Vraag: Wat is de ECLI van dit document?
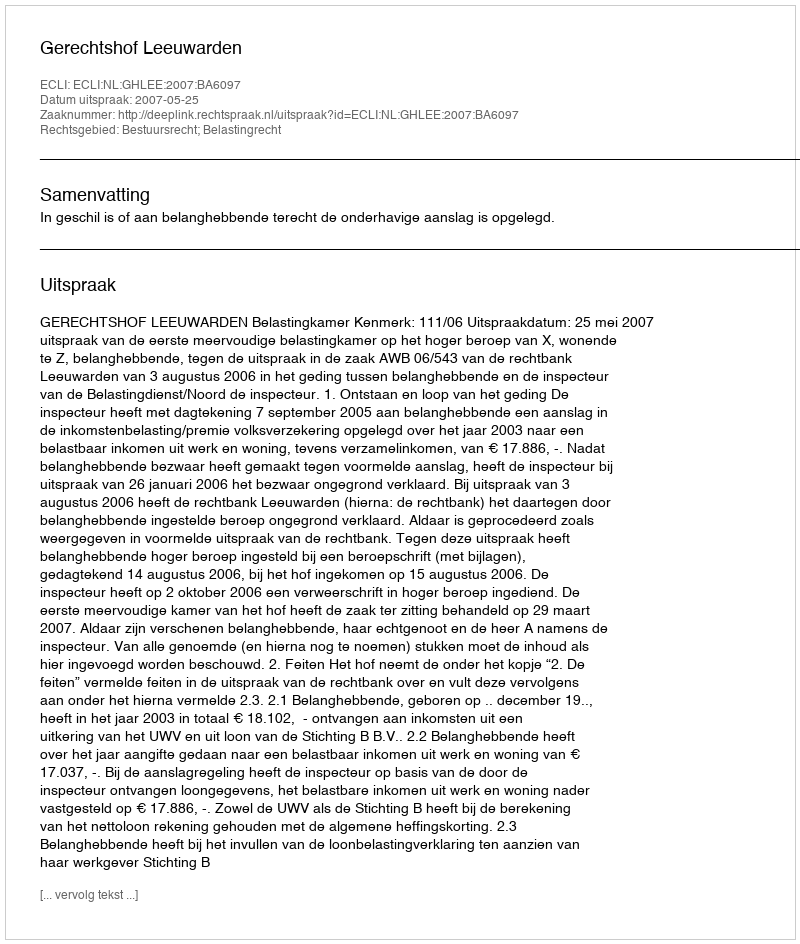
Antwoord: ECLI:NL:GHLEE:2007:BA6097